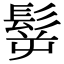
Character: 𩬸